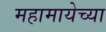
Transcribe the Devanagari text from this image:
महामायेच्या